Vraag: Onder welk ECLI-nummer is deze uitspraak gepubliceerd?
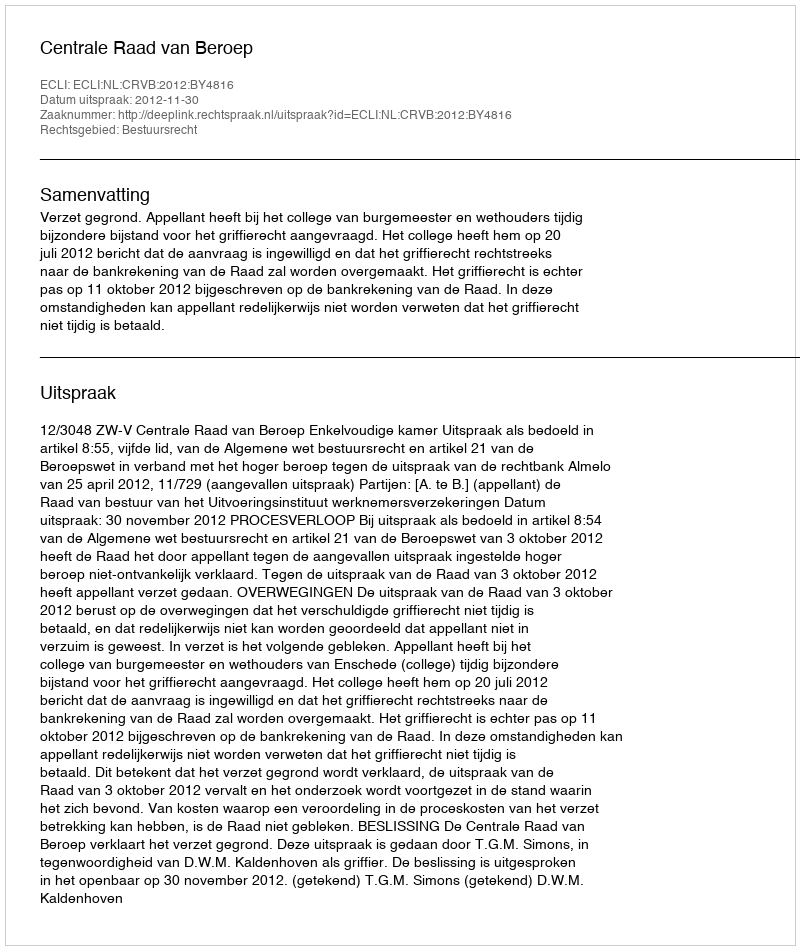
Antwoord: ECLI:NL:CRVB:2012:BY4816